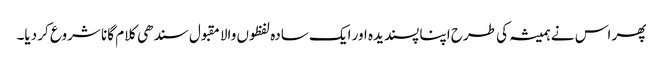
پھر اس نے ہمیشہ کی طرح اپنا پسندیدہ اور ایک سادہ لفظوں والا مقبول سندھی کلام گانا شروع کر دیا۔